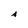
Character: A